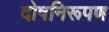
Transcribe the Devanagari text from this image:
दोषनिरूपण